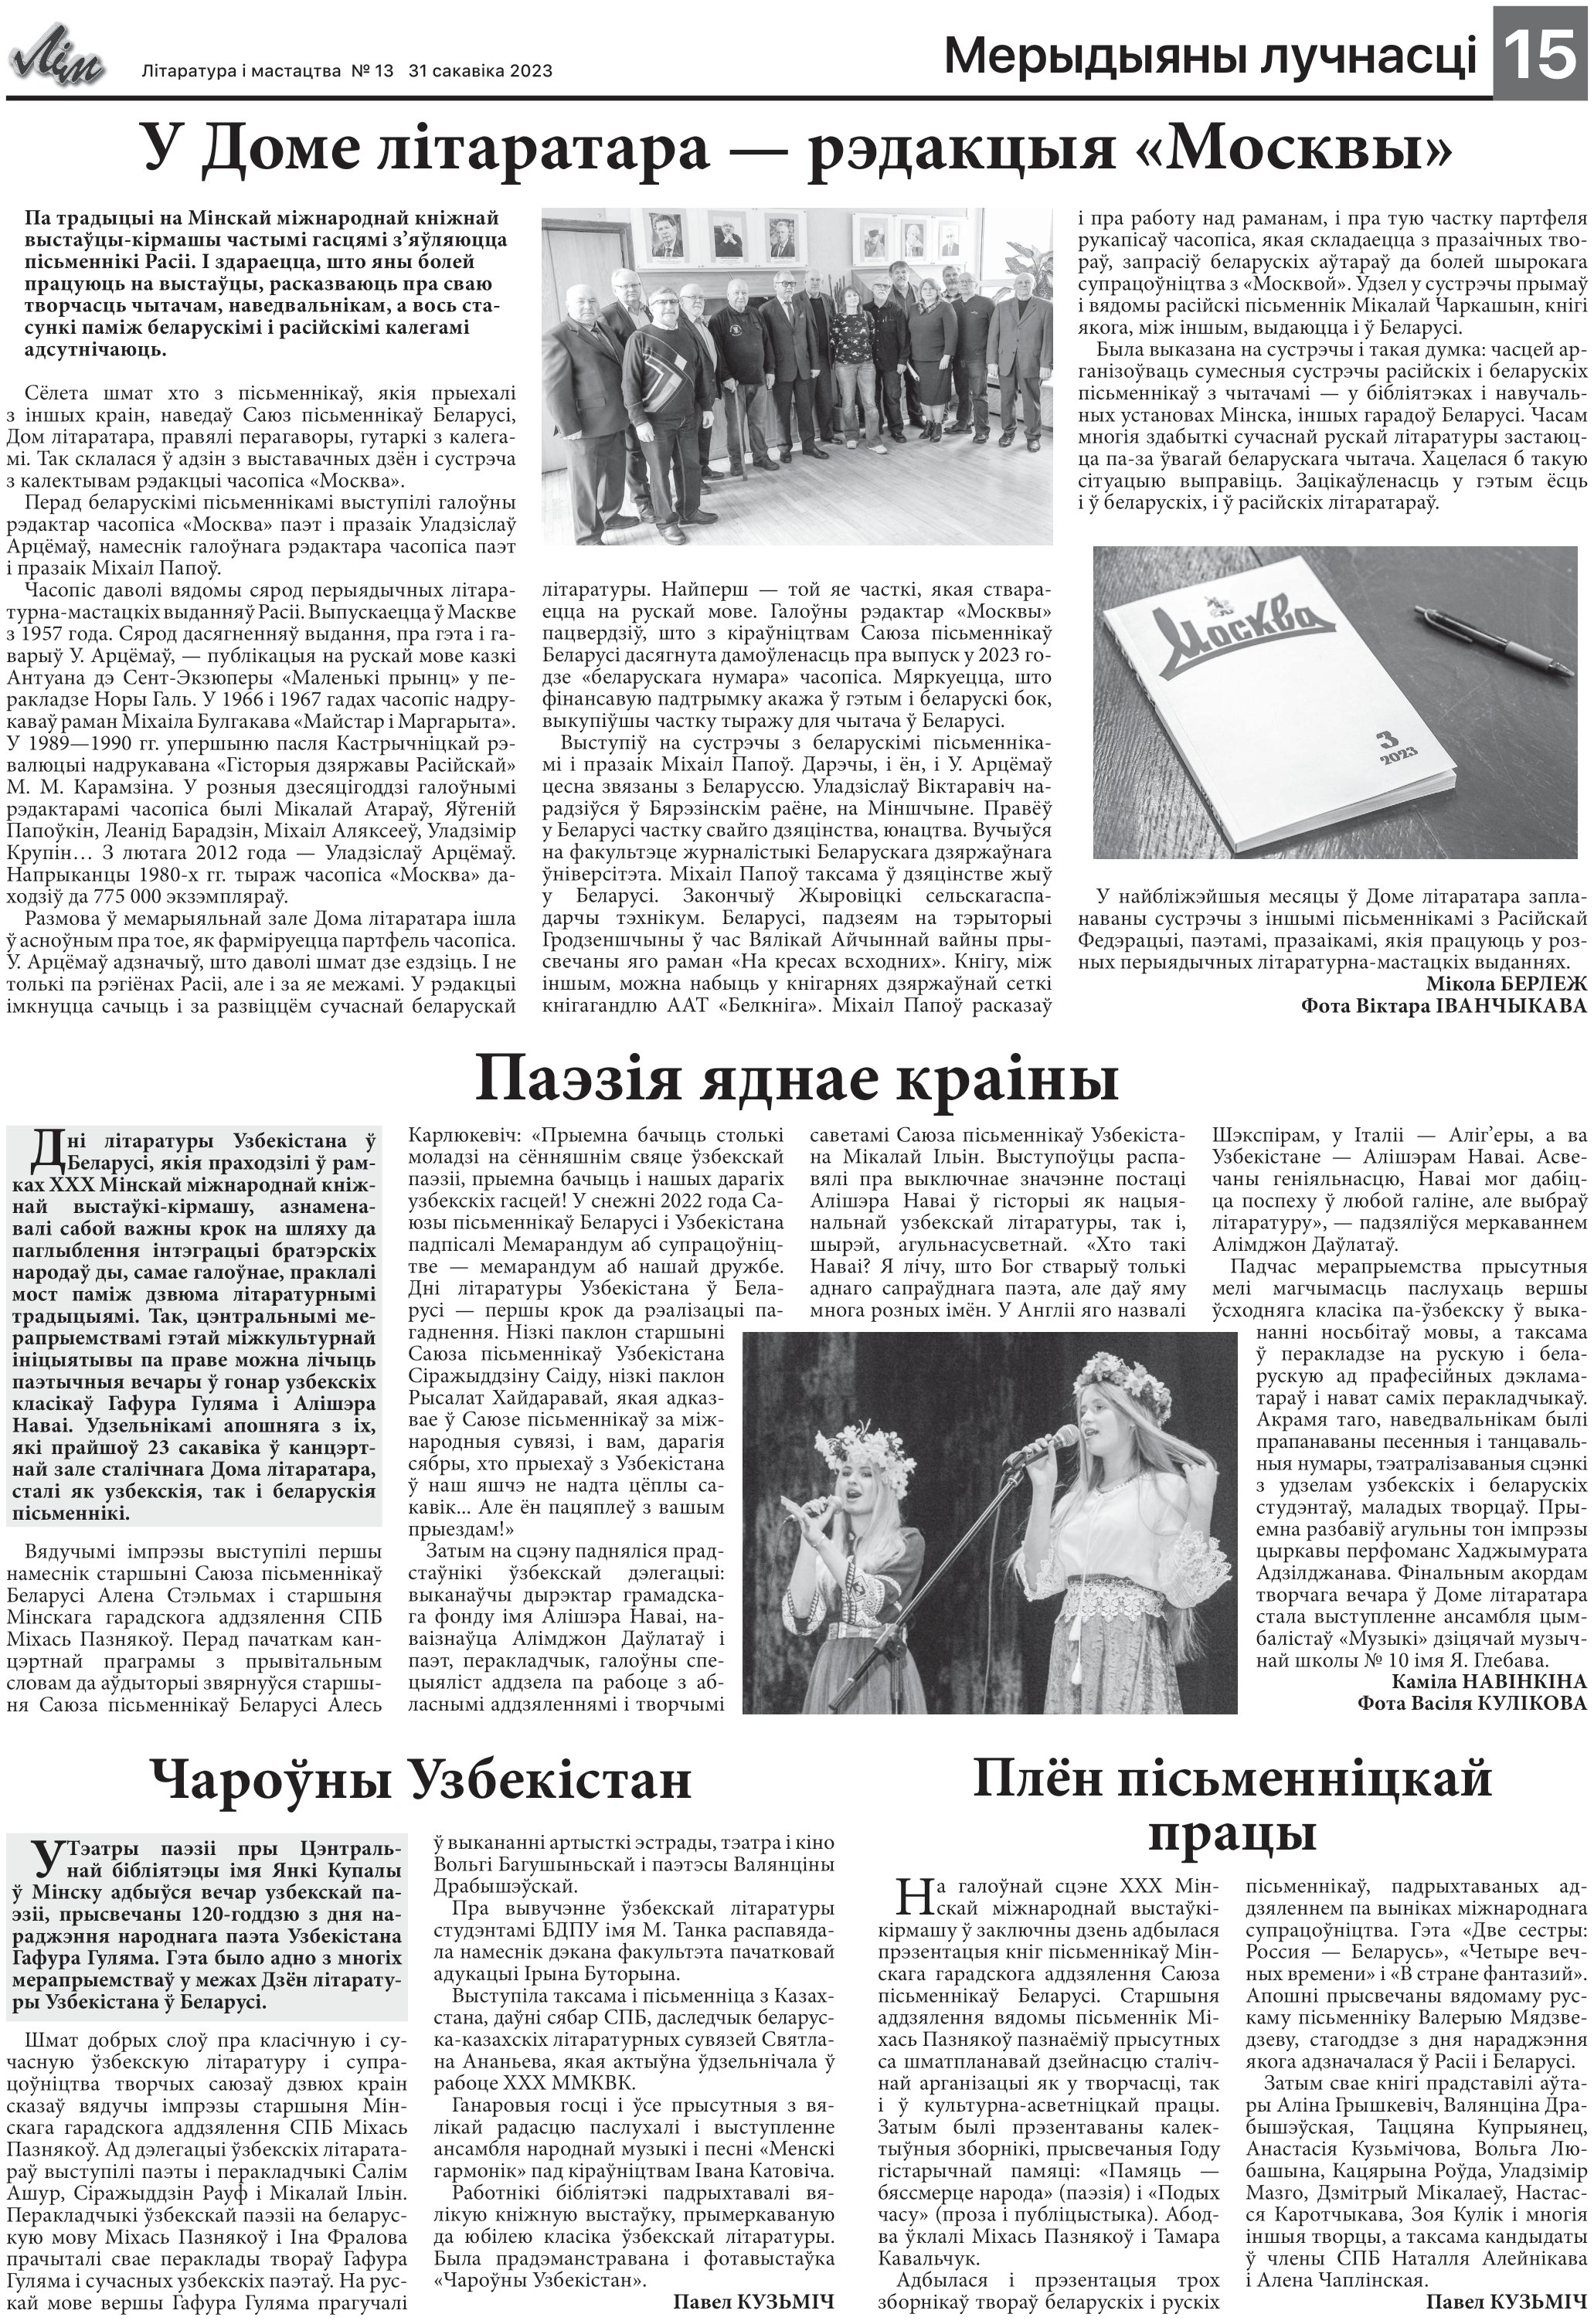
Language: be